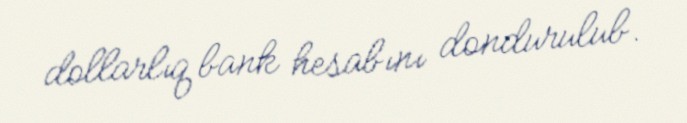
dollarlıq bank hesabını dondurulub.